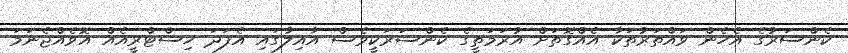
ކެންސަރުގެ އެހެން ވައްތަރުތަކާ އެއްގޮތަށް އުރަމަތީގެ ކެންސަރަކީވެސް އާއިލާގައި އެފަދަ ހިސްޓްރީއެއް އޮވެއްޖެނަމަ